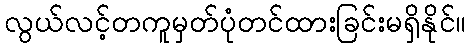
လွယ်လင့်တကူမှတ်ပုံတင်ထားခြင်းမရှိနိုင်။